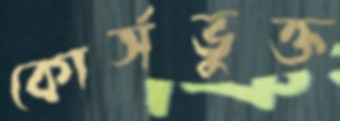
কোর্সভুক্ত